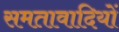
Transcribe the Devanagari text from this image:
समतावादियों